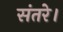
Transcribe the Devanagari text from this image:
संतरे।